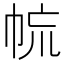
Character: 㡆